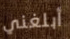
أبلغني